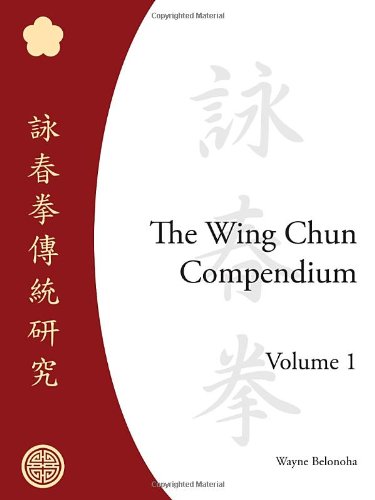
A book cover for The Wing Chun Compendium, Volume One; Wayne Belonoha; Sports & Outdoors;